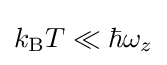
k_{\rm {B}}T\ll \hbar \omega _{z}